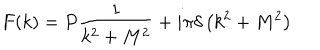
LaTeX: F ( k ) = P \frac { 1 } { k ^ { 2 } + M ^ { 2 } } + i \pi \delta \left( k ^ { 2 } + M ^ { 2 } \right)